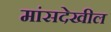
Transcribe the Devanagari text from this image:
मांसदेखील